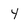
Character: 4